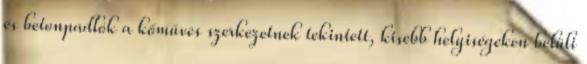
és betonpadlók a kőműves szerkezetnek tekintett, kisebb helyiségeken belüli